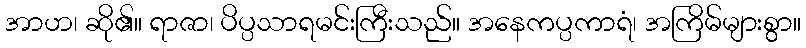
အာဟ၊ ဆို၏။ ရာဇာ၊ ပိပ္ပသာရမင်းကြီးသည်။ အနေကပ္ပကာရံ၊ အကြိမ်များစွာ။